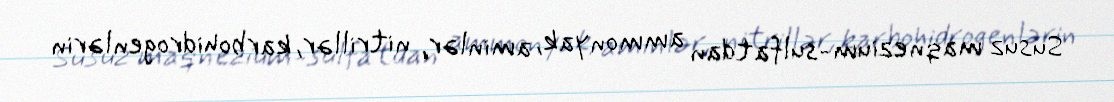
Susuz maqnezium-sulfatdan ammonyak, aminlər, nitrillər, karbohidrogenlərin